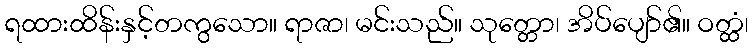
ရထားထိန်းနှင့်တကွသော။ ရာဇာ၊ မင်းသည်။ သုတ္တော၊ အိပ်ပျော်၏။ ဝတ္ထံ၊